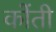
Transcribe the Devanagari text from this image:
कोंती